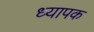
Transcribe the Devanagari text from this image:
ध्यापक